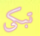
تبكى